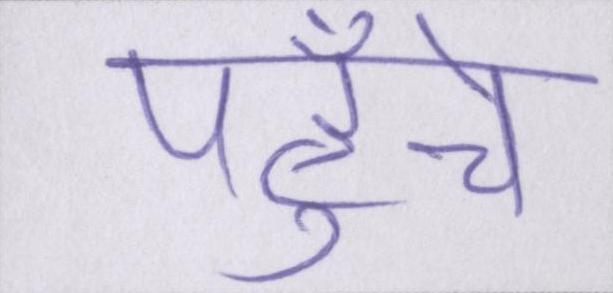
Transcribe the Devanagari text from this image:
पहुँचे